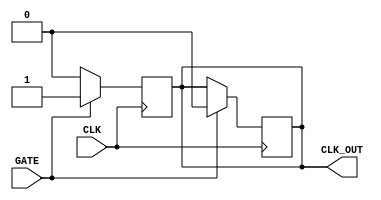
module ClockGatingBuffer (
    input wire CLK,        // Primary clock signal
    input wire GATE,      // Clock gating enable signal
    output reg CLK_OUT     // Gated clock output
);

// Internal signal to hold the gated clock
reg gated_clk;

// Always block to handle the output clock based on the input clock and gating signal
always @(posedge CLK) begin
    if (GATE) begin
        // When GATE is high, pass the clock through
        CLK_OUT <= 1'b1;  // Assert clock output high
    end else begin
        // When GATE is low, hold the clock output low
        CLK_OUT <= 1'b0;  // Deassert clock output
    end
end

// Additional logic to ensure proper clock edges are handled
always @(negedge CLK) begin
    if (GATE) begin
        CLK_OUT <= 1'b0;  // Deassert clock output on falling edge
    end 
end

endmodule